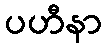
ပဟီနာ